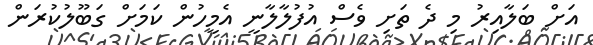
އަށް ބަލާއިރު މި ދެ ތަށި ވެސް އުފުލާލާނީ އެމީހުން ކަމަށް ގަބޫލުކުރަން